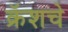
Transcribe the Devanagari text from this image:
क्रॅशचे